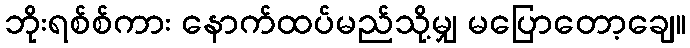
ဘိုးရစ်စ်ကား နောက်ထပ်မည်သို့မျှ မပြောတော့ချေ။